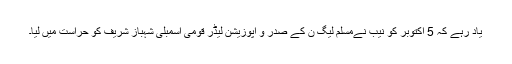
یاد رہے کہ 5 اکتوبر کو نیب نےمسلم لیگ ن کے صدر و اپوزیشن لیڈر قومی اسمبلی شہباز شریف کو حراست میں لیا۔